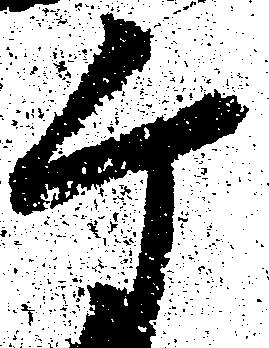
ヶ